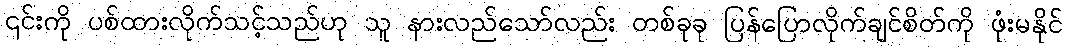
၎င်းကို ပစ်ထားလိုက်သင့်သည်ဟု သူ နားလည်သော်လည်း တစ်ခုခု ပြန်ပြောလိုက်ချင်စိတ်ကို ဖုံးမနိုင်